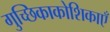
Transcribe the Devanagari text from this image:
गुच्छिकाकोशिकाएँ